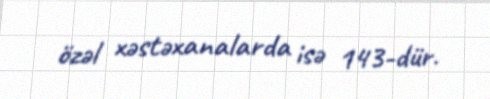
özəl xəstəxanalarda isə 143-dür.